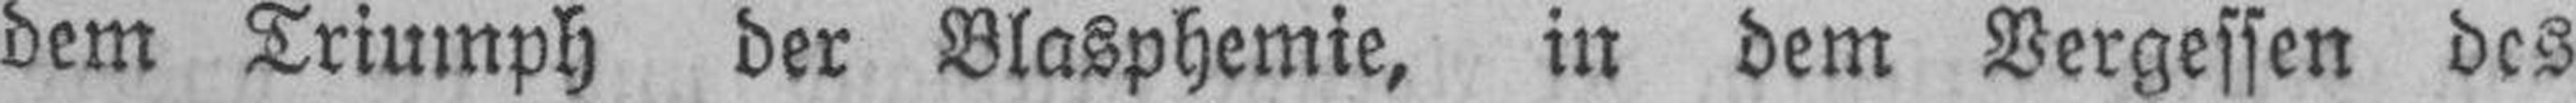
dem Triumph der Blasphemie, in dem Vergessen des